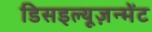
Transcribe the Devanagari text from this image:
डिसइल्यूज़न्मेंट